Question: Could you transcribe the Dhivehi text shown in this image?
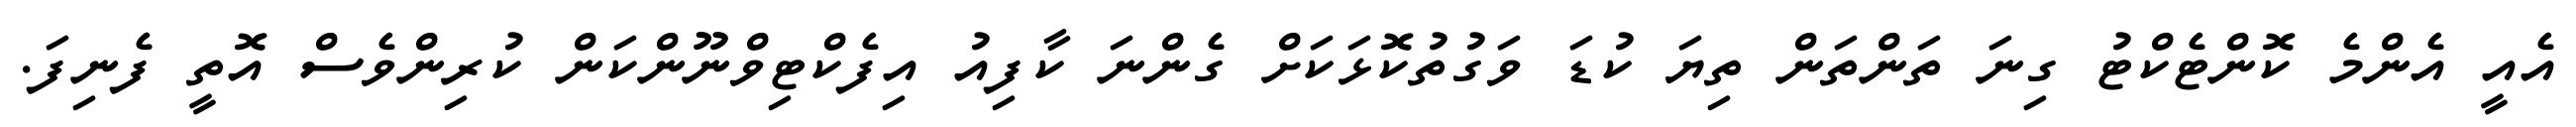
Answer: އެއީ އެންމެ ކޮންޓެކްޓު ގިނަ ތަންތަން ތިޔަ ކުޑަ ވަގުތުކޮޅަކަށް ގެންނަ ކާފިއު އިފެކްޓިވްނޫންކަން ކުރިންވެސް އޮތީ ފެނިފަ.